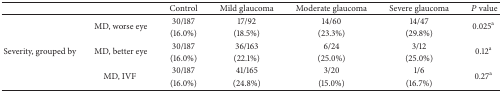
<table><thead><tr><td><b> </b></td><td><b> </b></td><td><b>Control</b></td><td><b>Mild glaucoma</b></td><td><b>Moderate glaucoma</b></td><td><b>Severe glaucoma</b></td><td><b><i>P</i> value</b></td></tr></thead><tbody><tr><td rowspan="2"> </td><td rowspan="2">MD, worse eye</td><td>30/187</td><td>17/92</td><td>14/60</td><td>14/47</td><td rowspan="2">0.025<sup>a</sup></td></tr><tr><td>(16.0%)</td><td>(18.5%)</td><td>(23.3%)</td><td>(29.8%)</td></tr><tr><td rowspan="2">Severity, grouped by</td><td rowspan="2">MD, better eye</td><td>30/187</td><td>36/163</td><td>6/24</td><td>3/12</td><td rowspan="2">0.12<sup>a</sup></td></tr><tr><td>(16.0%)</td><td>(22.1%)</td><td>(25.0%)</td><td>(25.0%)</td></tr><tr><td rowspan="2"> </td><td rowspan="2">MD, IVF </td><td>30/187</td><td>41/165</td><td>3/20</td><td>1/6</td><td rowspan="2">0.27<sup>a</sup></td></tr><tr><td>(16.0%)</td><td>(24.8%)</td><td>(15.0%)</td><td>(16.7%)</td></tr></tbody></table>